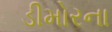
ડીમોરના